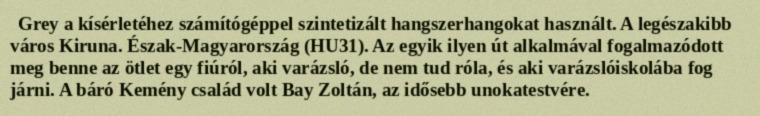
Grey a kísérletéhez számítógéppel szintetizált hangszerhangokat használt. A legészakibb város Kiruna. Észak-Magyarország (HU31). Az egyik ilyen út alkalmával fogalmazódott meg benne az ötlet egy fiúról, aki varázsló, de nem tud róla, és aki varázslóiskolába fog járni. A báró Kemény család volt Bay Zoltán, az idősebb unokatestvére.